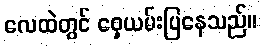
လေထဲတွင် ဝှေ့ယမ်းပြနေသည်။